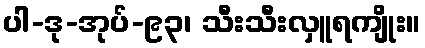
ပါ-ဒု-အုပ်-၉၃၊ သီးသီးလှူရကျိုး။